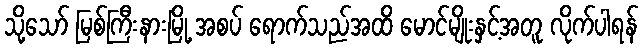
သို့သော် မြစ်ကြီးနားမြို့ အစပ် ရောက်သည်အထိ မောင်မျိုးနှင့်အတူ လိုက်ပါရန်